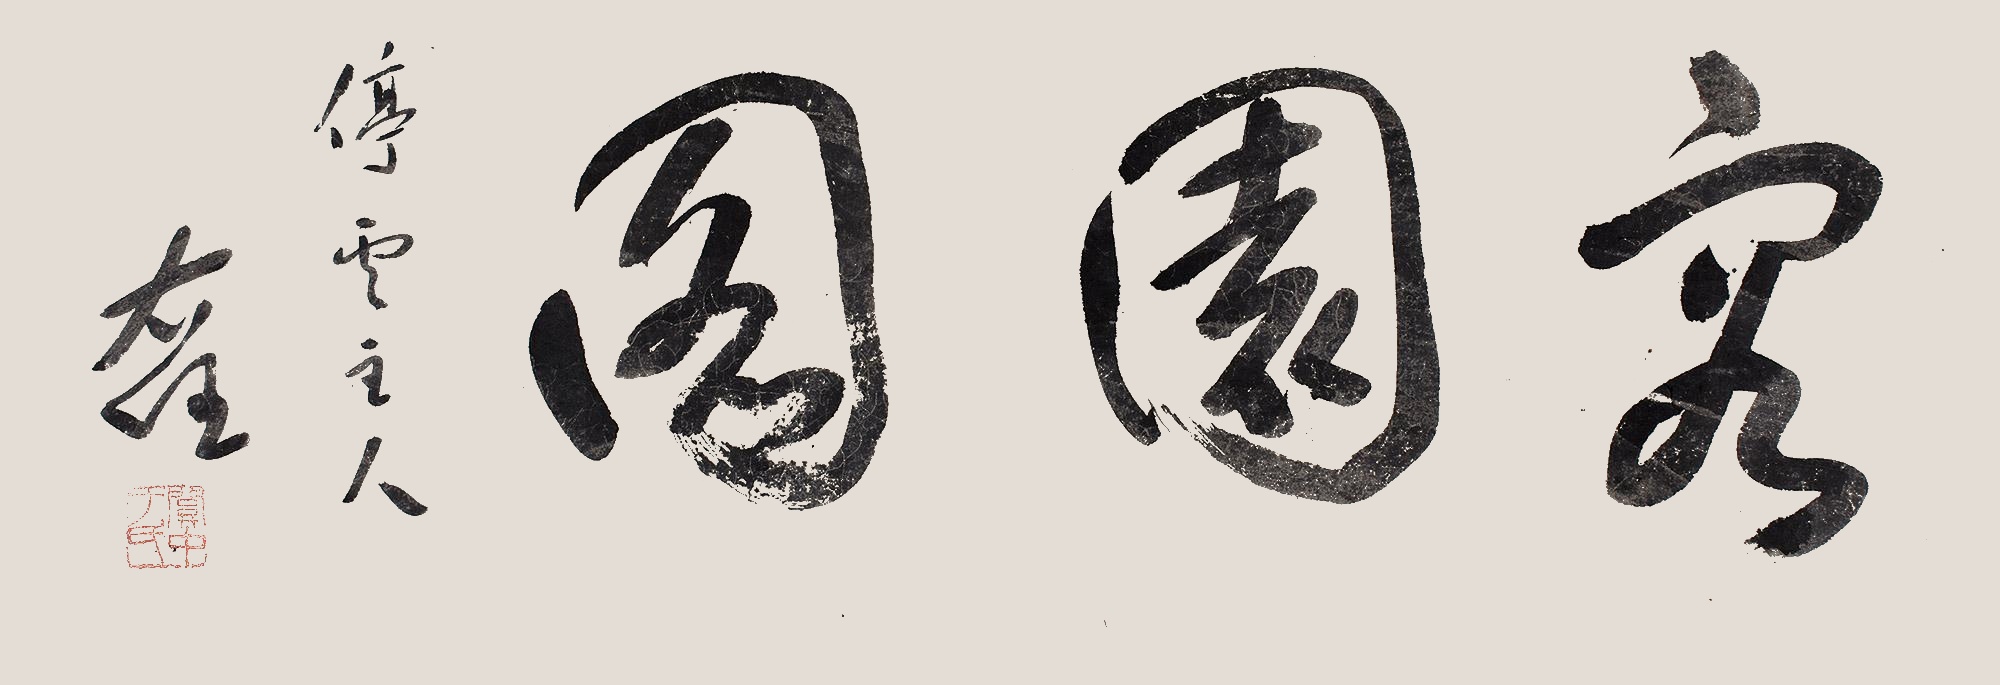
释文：容园阁停云主人。右任。